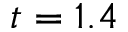
t = 1 . 4